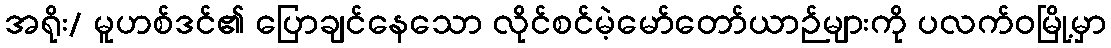
အရိုး/ မူဟစ်ဒင်၏ ပြောချင်နေသော လိုင်စင်မဲ့မော်တော်ယာဉ်များကို ပလက်ဝမြို့မှာ